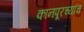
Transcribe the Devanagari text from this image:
कानपूरच्याच